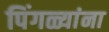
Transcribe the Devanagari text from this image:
पिंगळ्यांना